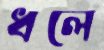
ধলে